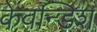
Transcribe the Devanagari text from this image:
केवन्डिश